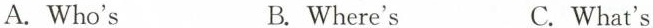
A.Who's B. Where's C. What's